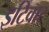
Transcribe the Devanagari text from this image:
इटिवार